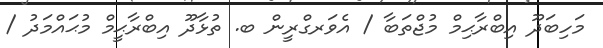
މަހިބަދޫ އިބްރާޙިމް މުޖްތަބާ / އެވަރގްރީން ބ. ތުޅާދޫ އިބްރާޙީމް މުޙައްމަދު /